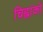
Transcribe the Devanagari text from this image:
चिह्नांकों